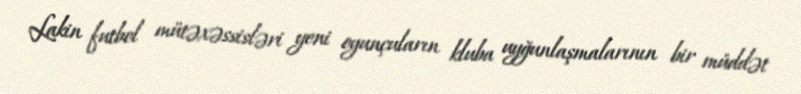
Lakin futbol mütəxəssisləri yeni oyunçuların kluba uyğunlaşmalarının bir müddət